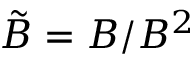
{ \tilde { B } } = B / B ^ { 2 }